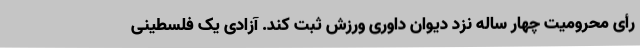
رأی محرومیت چهار ساله نزد دیوان داوری ورزش ثبت کند. آزادی یک فلسطینی